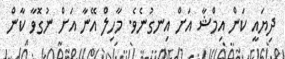
ދިޔައީ ކަން އިމްޝާ އަށް އިނގުނެވެ. މާހިލް އޭނާ އަށް ނުގޮވާ ކާން